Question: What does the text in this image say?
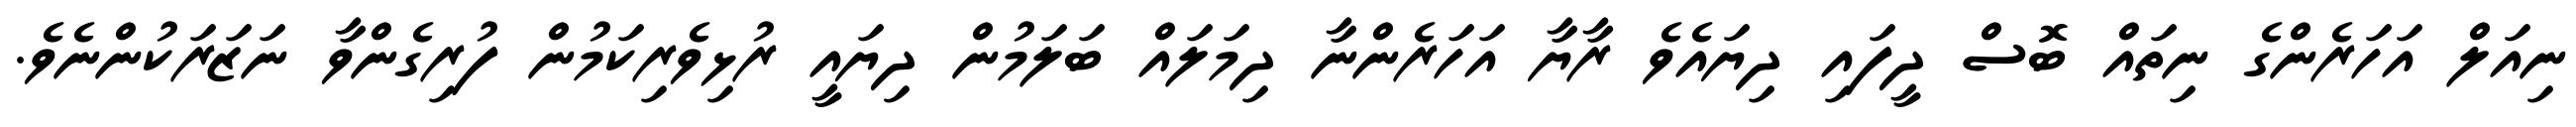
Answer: ނިއަލް އަހަރެންގެ ނިތައް ބޮސް ދީފައި ދިޔައެވެ ރާޔާ އަހަރެންނާ ދިމަލައް ބަލަމުން ދިޔައީ ރުޅިވެރިކަމުން ފުރިގެންވާ ނަޒަރަކުންނެވެ.